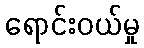
ရောင်းဝယ်မှု